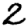
Digit: 2